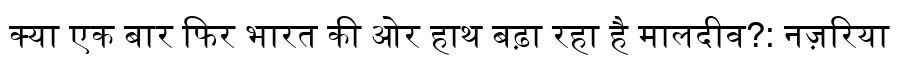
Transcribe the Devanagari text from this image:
क्या एक बार फिर भारत की ओर हाथ बढ़ा रहा है मालदीव?: नज़रिया